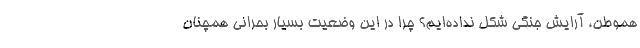
هموطن، آرایش جنگی شکل نداده‌ایم؟ چرا در این وضعیت بسیار بحرانی همچنان